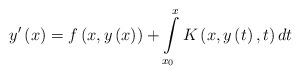
LaTeX: \begin{align*}y^{\prime }\left( x\right) =f\left( x,y\left( x\right) \right)+\int\limits_{x_{0}}^{x}K\left( x,y\left( t\right) ,t\right) dt\end{align*}